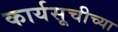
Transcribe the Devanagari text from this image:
कार्यसूचीच्या